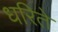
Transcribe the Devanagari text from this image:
धरिते